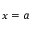
x = a